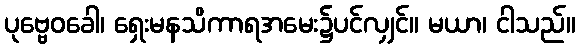
ပုဗ္ဗေဝခေါ၊ ရှေးမနသိကာရအမေး၌ပင်လျှင်။ မယာ၊ ငါသည်။